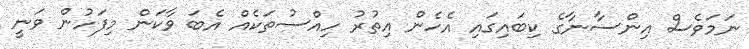
ނަމަވެސް އިންސާނާގެ ކިބައިގައި އެހެން އިތުރު ހިއްސުތަކެއް އެބަ ވާކަން މިފަހުން ވަނީ